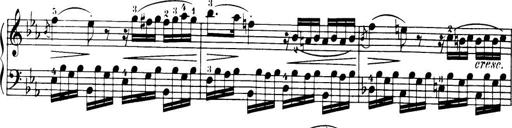
Title: 32 Sonatinas and Rondos for the Piano
Composer: Richard Kleinmichel